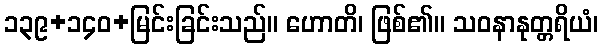
၁၃၉+၁၄၀+မြင်းခြင်းသည်။ ဟောတိ၊ ဖြစ်၏။ သဝနာနုတ္တရိယံ၊